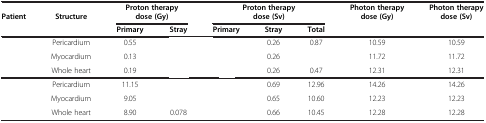
<table><thead><tr><td><b>Patient</b></td><td><b>Structure</b></td><td colspan="2"><b>Proton therapy dose (Gy)</b></td><td colspan="3"><b>Proton therapy dose (Sv)</b></td><td><b>Photon therapy dose (Gy)</b></td><td><b>Photon therapy dose (Sv)</b></td></tr><tr><td>[EMPTY_CELL]</td><td>[EMPTY_CELL]</td><td><b>Primary</b></td><td><b>Stray</b></td><td><b>Primary</b></td><td><b>Stray</b></td><td><b>Total</b></td><td>[EMPTY_CELL]</td><td>[EMPTY_CELL]</td></tr></thead><tbody><tr><td>[EMPTY_CELL]</td><td>Pericardium</td><td>0.55</td><td>[EMPTY_CELL]</td><td>[EMPTY_CELL]</td><td>0.26</td><td>0.87</td><td>10.59</td><td>10.59</td></tr><tr><td>[EMPTY_CELL]</td><td>Myocardium</td><td>0.13</td><td>[EMPTY_CELL]</td><td>[EMPTY_CELL]</td><td>0.26</td><td>[EMPTY_CELL]</td><td>11.72</td><td>11.72</td></tr><tr><td>[EMPTY_CELL]</td><td>Whole heart</td><td>0.19</td><td>[EMPTY_CELL]</td><td>[EMPTY_CELL]</td><td>0.26</td><td>0.47</td><td>12.31</td><td>12.31</td></tr><tr><td>[EMPTY_CELL]</td><td>Pericardium</td><td>11.15</td><td>[EMPTY_CELL]</td><td>[EMPTY_CELL]</td><td>0.69</td><td>12.96</td><td>14.26</td><td>14.26</td></tr><tr><td>[EMPTY_CELL]</td><td>Myocardium</td><td>9.05</td><td>[EMPTY_CELL]</td><td>[EMPTY_CELL]</td><td>0.65</td><td>10.60</td><td>12.23</td><td>12.23</td></tr><tr><td>[EMPTY_CELL]</td><td>Whole heart</td><td>8.90</td><td>0.078</td><td>[EMPTY_CELL]</td><td>0.66</td><td>10.45</td><td>12.28</td><td>12.28</td></tr></tbody></table>